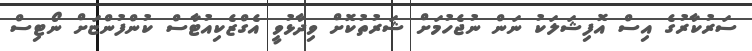
ސަރުކާރުގެ އިސް އޮފިޝަލަކު ނަން ނުޖެހުމަށް ޝަރުތުކޮށް ވިދާޅުވީ އެގްޒެކިއުޓާސް ކުންފުންޏަށް ނޯޓިސް